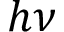
h \nu